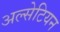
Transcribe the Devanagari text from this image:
अल्सेटियन